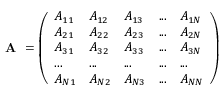
\textbf { A } = \left( \begin{array} { l l l l l } { A _ { 1 1 } } & { A _ { 1 2 } } & { A _ { 1 3 } } & { . . . } & { A _ { 1 N } } \\ { A _ { 2 1 } } & { A _ { 2 2 } } & { A _ { 2 3 } } & { . . . } & { A _ { 2 N } } \\ { A _ { 3 1 } } & { A _ { 3 2 } } & { A _ { 3 3 } } & { . . . } & { A _ { 3 N } } \\ { . . . } & { . . . } & { . . . } & { . . . } & { . . . } \\ { A _ { N 1 } } & { A _ { N 2 } } & { A _ { N 3 } } & { . . . } & { A _ { N N } } \end{array} \right)